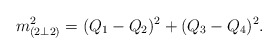
\begin{align*}m_{(2 \bot 2)}^{2} = (Q_1 - Q_2)^2 + (Q_3 - Q_4)^2.\end{align*}